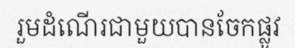
រួមដំណើរជាមួយបានចែកផ្លូវ